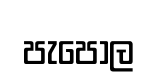
පැපොල